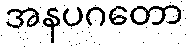
အနပဂတော